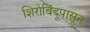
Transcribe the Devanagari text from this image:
शिरोबिंदूपासून